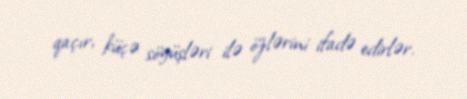
qaçır, küçə söyüşləri ilə özlərini ifadə edirlər.